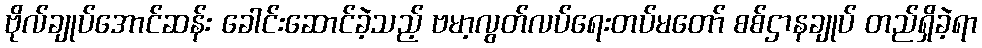
ဗိုလ်ချုပ်အောင်ဆန်း ခေါင်းဆောင်ခဲ့သည့် ဗမာ့လွတ်လပ်ရေးတပ်မတော် စစ်ဌာနချုပ် တည်ရှိခဲ့ရာ